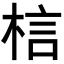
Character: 𭪐